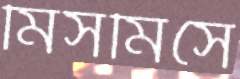
মিসমিসে